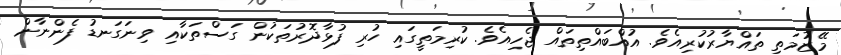
މޭޒުމަތި ތައްޔާރުކުރިއެވެ. އުއްބައްތިތައް ޖެހިއެވެ. ކުރިމަތީގައި ހުރި ފުޅާދޮރުތަކުން ގަސްތަކާއި ވިނަގަނޑު ފެންނާން